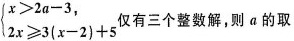
$$\begin{cases} x>2a-3, \\ 2x \geqslant 3(x-2)+5 \end{cases}$$仅有三个整数解，则a的取